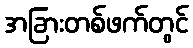
အခြားတစ်ဖက်တွင်